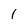
Character: 1